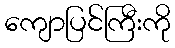
ကျောပြင်ကြီးကို